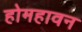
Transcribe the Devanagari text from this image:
होमहावन